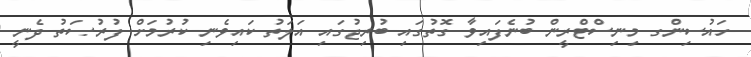
ހައުސިންގ މިނިސްޓްރީން ބުނެފައިވާ ގޮތުގައި ބުރިޖުގައި އަލަތު ކައިވެނި ކުރުމަށް ފުރުޞަތު ދެނީ